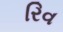
રિવ